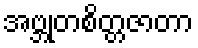
အဗ္ဘုတစိတ္တဇာတာ